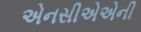
એનસીએએની